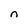
Character: n